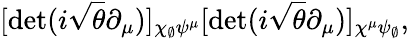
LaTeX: [\operatorname*{det}(i\sqrt{\theta}\partial_{\mu})]_{\chi_{\scriptscriptstyle\emptyset}\psi^{\mu}}[\operatorname*{det}(i\sqrt{\theta}\partial_{\mu})]_{\chi^{\mu}\psi_{\scriptscriptstyle\emptyset}},